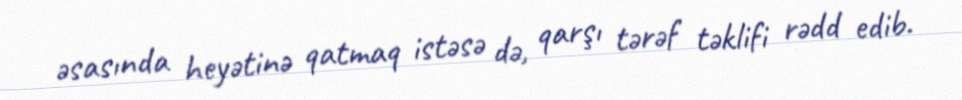
əsasında heyətinə qatmaq istəsə də, qarşı tərəf təklifi rədd edib.